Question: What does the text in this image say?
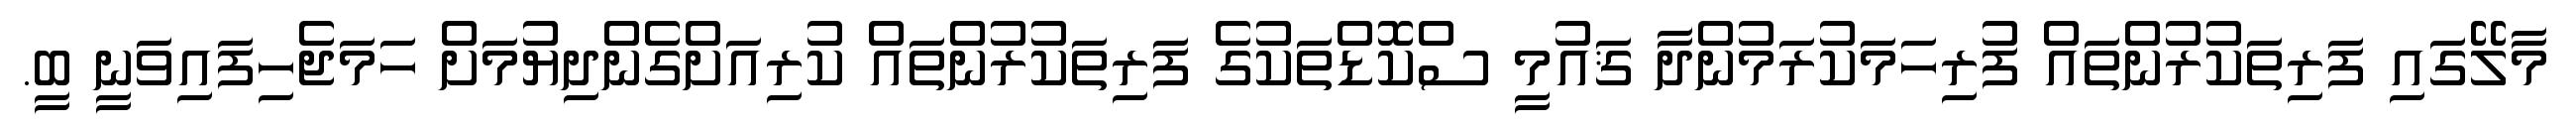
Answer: މާލޭގައި ފަރިތަކުރުންތައް ފުރިހަމަކުރަމުންދާ ޤައުމީ ސްކޮޑްތަކުގެ ފަރިތަކުރުންތައް ކުރިއަށްގެންދިޔުމަށް ހަމަޖެހިފައިވަނީ ބީ.